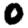
Digit: 0